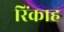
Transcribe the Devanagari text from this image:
रिंकाह